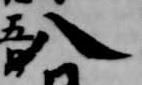
八